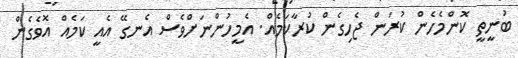
ބުނީތީ ކޮންމެހެން ކުރަން ޖެހިގެން ކުރާކަމެއް. އެމީހުންނަށްވެސް އެނގޭ އެއީ ކަމެއް އޮވެގެން